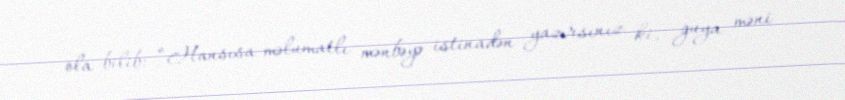
ola bilib: “Hansısa məlumatlı mənbəyə istinadən yazırsınız ki, guya məni